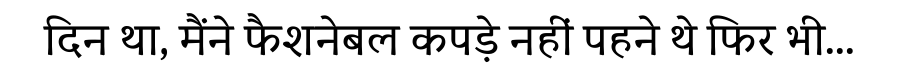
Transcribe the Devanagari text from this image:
दिन था, मैंने फैशनेबल कपड़े नहीं पहने थे फिर भी...